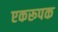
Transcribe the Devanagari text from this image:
एकरूपक